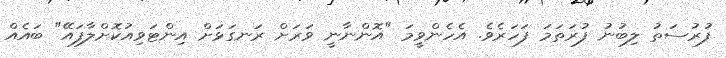
ފުރުސަތު ލިބުނު ފުރަތަމަ ފަހަރެވެ. އެހެންވީމަ "އޮންނާނީ ވަރަށް ރަނގަޅަށް އިންޓަވިއުކޮށްލާފައޭ" ބައެއް